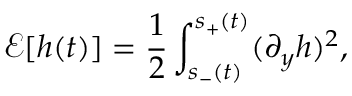
\mathcal E [ h ( t ) ] = \frac 1 2 \int _ { s _ { - } ( t ) } ^ { s _ { + } ( t ) } ( \partial _ { y } h ) ^ { 2 } \d y ,